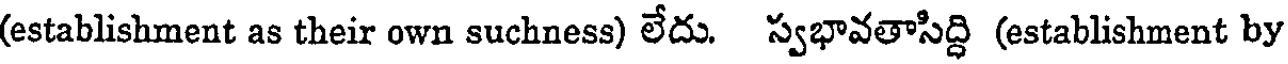
(establishment as their own suchness) లేదు. స్వభావతాసిద్ధి (establishment by